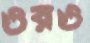
ওরও